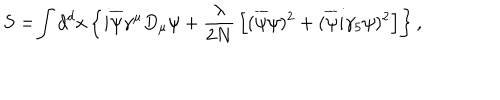
S = \! \int d ^ { d } x \left\{ i \overline { { { \psi } } } \gamma ^ { \mu } D _ { \mu } \psi + { \frac { \lambda } { 2 N } } \left[ ( \overline { { { \psi } } } \psi ) ^ { 2 } + ( \overline { { { \psi } } } i \gamma _ { 5 } \psi ) ^ { 2 } \right] \right\} ,